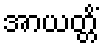
အာယတ္တိံ